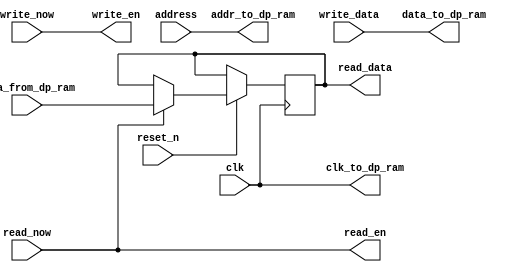
module dual_port_memory_controller_avalon_mm 
#(
parameter num_addr_bits = 12
)
(
 input	clk,
 input read_now,
 input write_now,
 input [num_addr_bits-1:0] address,
 output reg [31:0] read_data,
 input  [31:0] write_data,
 output [num_addr_bits-1:0] addr_to_dp_ram,
 input  [31:0] data_from_dp_ram,
 output  [31:0] data_to_dp_ram,
 output clk_to_dp_ram,
 output write_en,
 output read_en,
 input reset_n
);

assign clk_to_dp_ram = clk;
assign addr_to_dp_ram = address;

assign read_en = read_now;
assign write_en = write_now;

always @(posedge clk or negedge reset_n)
begin
     if (!reset_n) 
	 begin
	 end else
	 begin
			 if (read_now)
			 begin
				   read_data <= data_from_dp_ram;
			 end
	 end
end

assign data_to_dp_ram = write_data;

endmodule